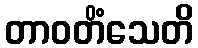
တာဝတိံသေတိ